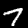
Label: 7